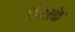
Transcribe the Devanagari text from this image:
जिलके